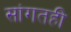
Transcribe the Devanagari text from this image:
सांगतही